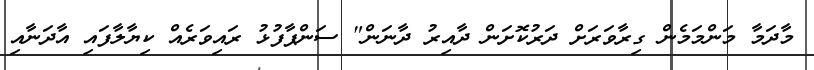
މާދަމާ މަންމަމެން ގިރާވަރަށް ދަރުކޮށަން ދާއިރު ދާނަން" ސަންޕާފުޅު ރައިވަރެއް ކިޔާލާފައި އާދަނާއި